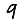
Digit: 9